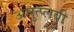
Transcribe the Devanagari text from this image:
अनुत्प्लवी